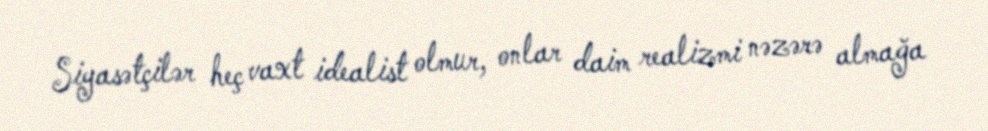
Siyasətçilər heç vaxt idealist olmur, onlar daim realizmi nəzərə almağa